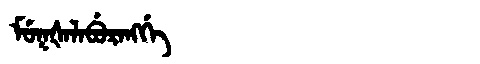
Manchu: ᠮᡠᡴᡧᠠᠯᠠᠪᡠᡵᠠᠩᡤᡝ
Romanization: MUKŠALABURANGGE